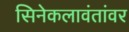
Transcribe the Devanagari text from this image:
सिनेकलावंतांवर